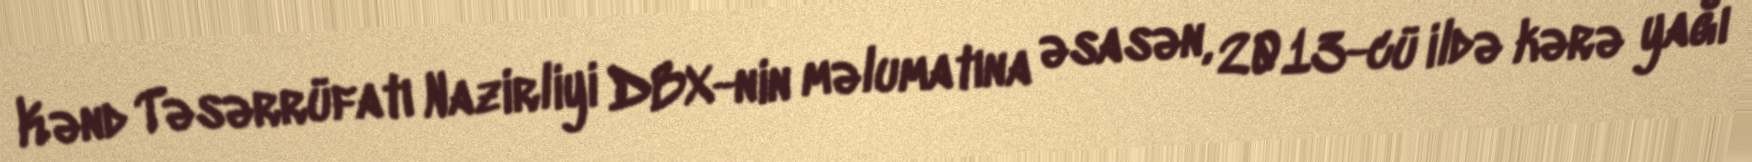
Kənd Təsərrüfatı Nazirliyi DBX-nin məlumatına əsasən, 2013-cü ildə kərə yağı